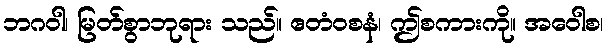
ဘဂဝါ၊ မြတ်စွာဘုရား သည်။ ဧတံဝစနံ၊ ဤစကားကို။ အဝေါစ၊